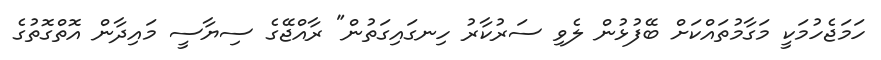
ހަމަޖެހުމަކީ މަގާމުތައްކަށް ބޭފުޅުން ލެވި ސަރުކާރު ހިނގައިގަތުން" ރާއްޖޭގެ ސިޔާސީ މައިދާން އޮތްގޮތުގެ